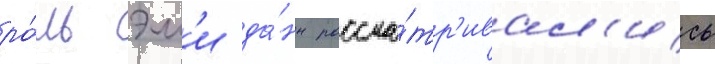
ро́ль эм'и да́нн рассма́тр'ивал'ись